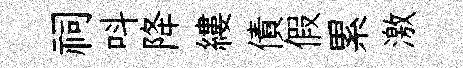
祠呌降縷債假累激